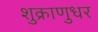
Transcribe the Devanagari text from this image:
शुक्राणुधर